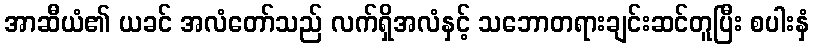
အာဆီယံ၏ ယခင် အလံတော်သည် လက်ရှိအလံနှင့် သဘောတရားချင်းဆင်တူပြီး စပါးနှံ